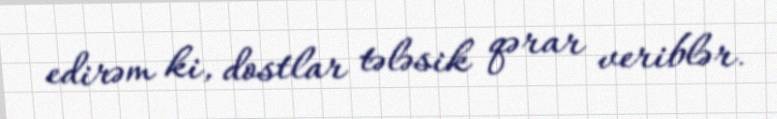
edirəm ki, dostlar tələsik qərar veriblər.